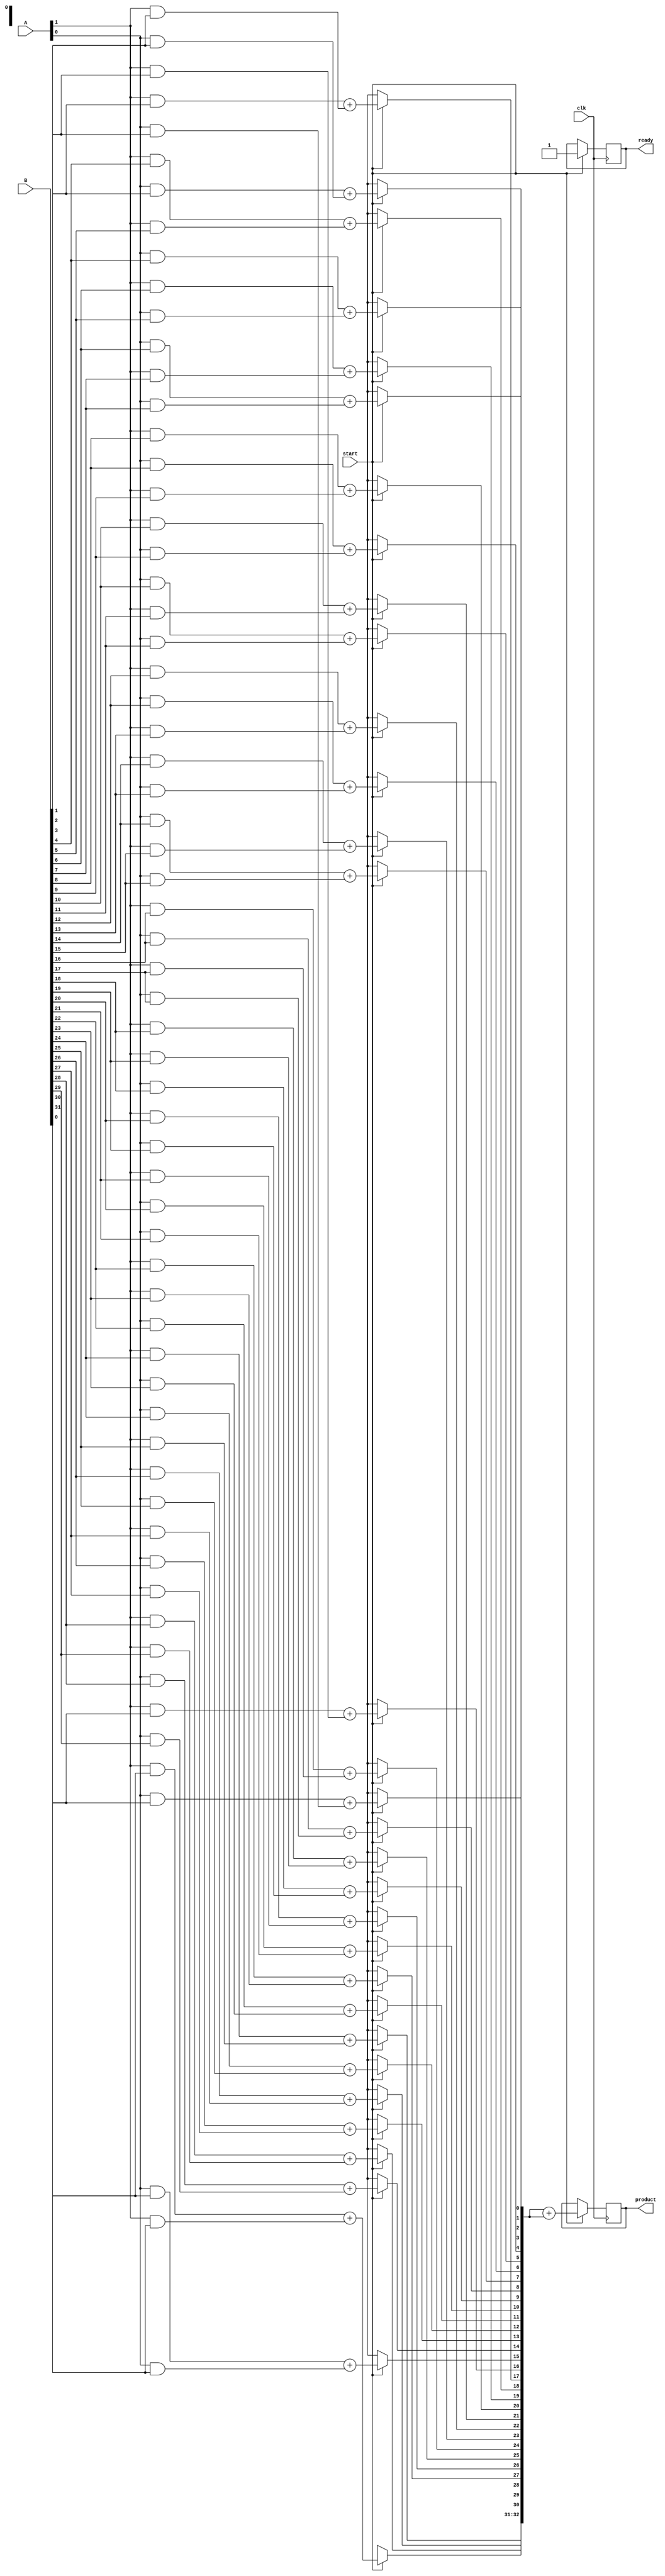
module wallace_tree_multiplier #(parameter A_WIDTH = 32, B_WIDTH = 32)(
    input [A_WIDTH-1:0] A,
    input [B_WIDTH-1:0] B,
    input clk,
    input start,
    output reg [(A_WIDTH + B_WIDTH - 1):0] product,
    output reg ready
);

// Intermediate signals for partial products
wire [A_WIDTH * B_WIDTH - 1:0] partial_products;

// Generate partial products
genvar i, j;
generate
    for (i = 0; i < A_WIDTH; i = i + 1) begin : gen_partial_products
        for (j = 0; j < B_WIDTH; j = j + 1) begin : gen_partial_products_inner
            assign partial_products[i * B_WIDTH + j] = A[i] & B[j];
        end
    end
endgenerate

// Wallace Tree Reduction
wire [A_WIDTH * B_WIDTH-1:0] sum;
wire [A_WIDTH * B_WIDTH-1:0] carry;
reg [A_WIDTH * B_WIDTH-1:0] stage [0:2]; // Stages of reduction
integer k;

// Initial state
initial begin
    product = 0;
    ready = 0;
    stage[0] = partial_products;
end

// Wallace Tree Reduction Process
always @(posedge clk) begin
    if (start) begin
        // First stage reduction using half adders and full adders
        for (k = 0; k < A_WIDTH + B_WIDTH - 1; k = k + 1) begin
            if (k < A_WIDTH * B_WIDTH - 1) begin
                // Half Adder for pairs of bits
                {carry[k], sum[k]} = stage[0][k] + stage[0][k + 1];
                // Place results in next stage
                if (k % 2 == 0) begin
                    stage[1][k/2] = sum[k];
                    stage[1][(k/2) + 1] = carry[k];
                end
            end
        end
        
        // Repeat for additional stages if needed
        // In a real implementation, continue reducing until two rows are left
        
        // Final product computation (simple addition for demonstration)
        product <= stage[1] + stage[1]; // Replace with appropriate final adder
        ready <= 1;
    end
end

endmodule